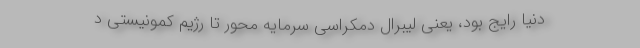
دنیا رایج بود، یعنی لیبرال دمکراسی سرمایه محور تا رژیم کمونیستی د